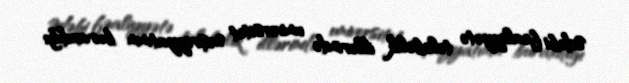
Ədəbi fəaliyyətə tələbəlik illərində universitet nəşriyyatının buraxdığı